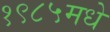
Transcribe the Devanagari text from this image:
१९८५मधे